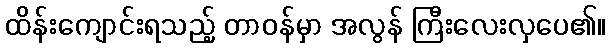
ထိန်းကျောင်းရသည့် တာဝန်မှာ အလွန် ကြီးလေးလှပေ၏။